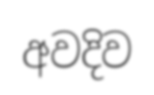
අවදිව